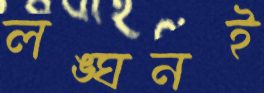
লঙ্ঘনই